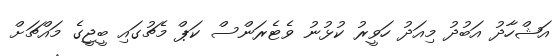
އަޝްހާދު އަބުދު މިއަދު ހަވީރު ކުޅުނު ވެޓެރަންސް ކަޕް މެޗުގައި ބީޖީގެ މައްޗަށް